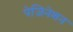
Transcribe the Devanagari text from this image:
पेजिनेशन